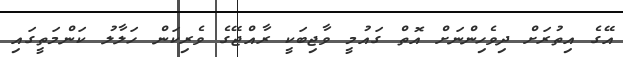
އޭގެ އިތުރަށް ދިވެހިންނަށް އޮތް ގައުމީ ވާޖިބަކީ ރާއްޖޭގެ ވެރިކަން ހަލާލު ކަންމަތީގައި